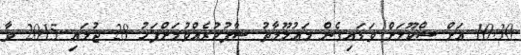
10:30 އަށް ސްކޫލަށް ވަޑައިގެން މަޢުލޫމާތު ސާފުކުރެއްވުމަށްފަހު 28 ޖުލައި 2015 ވާ